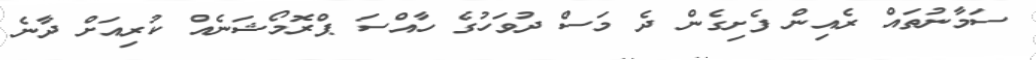
ސަމާނުތައް ރެއިން ފެށިގެން ދެ މަސް ދުވަހުގެ ހާއްސަ ޕްރޮމޯޝަނެއް ކުރިއަށް ދާނެ